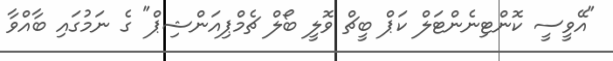
"އޭވީސީ ކޮންޓިނެންޓަލް ކަޕް ބީޗް ވޮލީ ބޯލް ޗެމްޕިއަންޝިޕް" ގެ ނަމުގައި ބާއްވާ